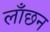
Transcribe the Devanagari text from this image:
लाँछन